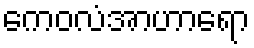
ကေဝလံအာဟာရော